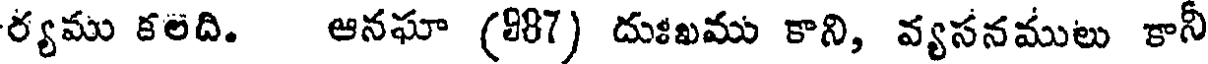
ర్యము కలది. ఆనఘా (887) దుఃఖము కాని, వ్యసనములు కానీ